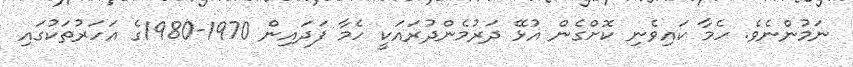
ނަމުންނެވެ. ހެމާ ކައިވެނި ކޮށްގެން އުޅޭ ދަރުމެންދުރައަކީ ހެމާ ފަދައިން 1970-1980ގެ އަހަރުތަކުގައި